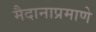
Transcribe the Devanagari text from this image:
मैदानाप्रमाणे